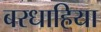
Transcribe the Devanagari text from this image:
बरधाहिया